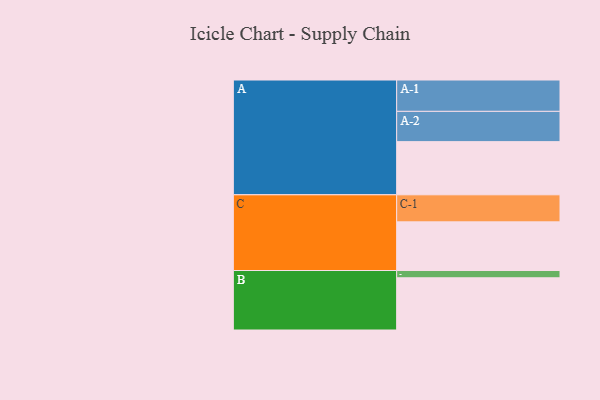
{"axis": {"x": "Segment", "y": "Value"}, "legend": ["", "A", "B", "C"], "data": [{"x": "A", "y": 446, "type": ""}, {"x": "B", "y": 438, "type": ""}, {"x": "C", "y": 408, "type": ""}, {"x": "A-1", "y": 263, "type": "A"}, {"x": "A-2", "y": 254, "type": "A"}, {"x": "B-1", "y": 61, "type": "B"}, {"x": "C-1", "y": 227, "type": "C"}]}